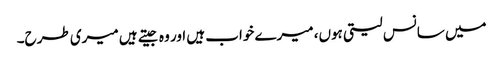
میں سانس لیتی ہوں، میرے خواب ہیں اور وہ جیتے ہیں میری طرح۔